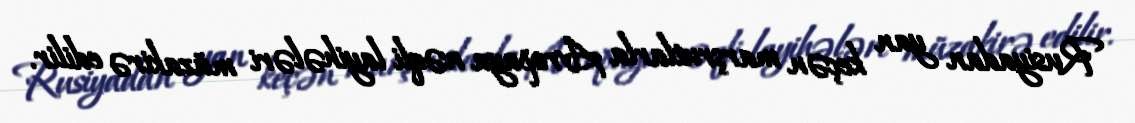
Rusiyadan yan keçən marşrutlarla Avropaya nəqli layihələri müzakirə edilir.